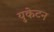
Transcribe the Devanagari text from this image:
युकेटन